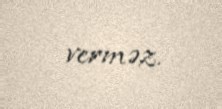
verməz.